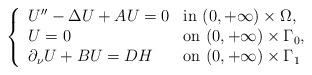
LaTeX: \begin{align*}\left\lbrace\begin{array}{ll} U''-\Delta U+ AU=0& \hbox{in } (0, +\infty)\times \Omega, \\U= 0& \hbox{on } (0, +\infty)\times \Gamma_0,\\\partial_\nu U+BU = DH& \hbox{on } (0, +\infty)\times\Gamma_1\end{array}\right.\end{align*}